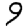
Digit: 9